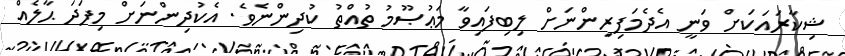
ޝިކާރައަކަށް ވަނީ އެދެމަފިރިންނަށް ލިިބިފައިވާ މަޢުޞޫމު ތުއްތު ކުދިންނެވެ. އެކުދިންނަށް މިފަދަ ޙާލެއް